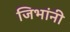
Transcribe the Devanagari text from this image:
जिभांनी